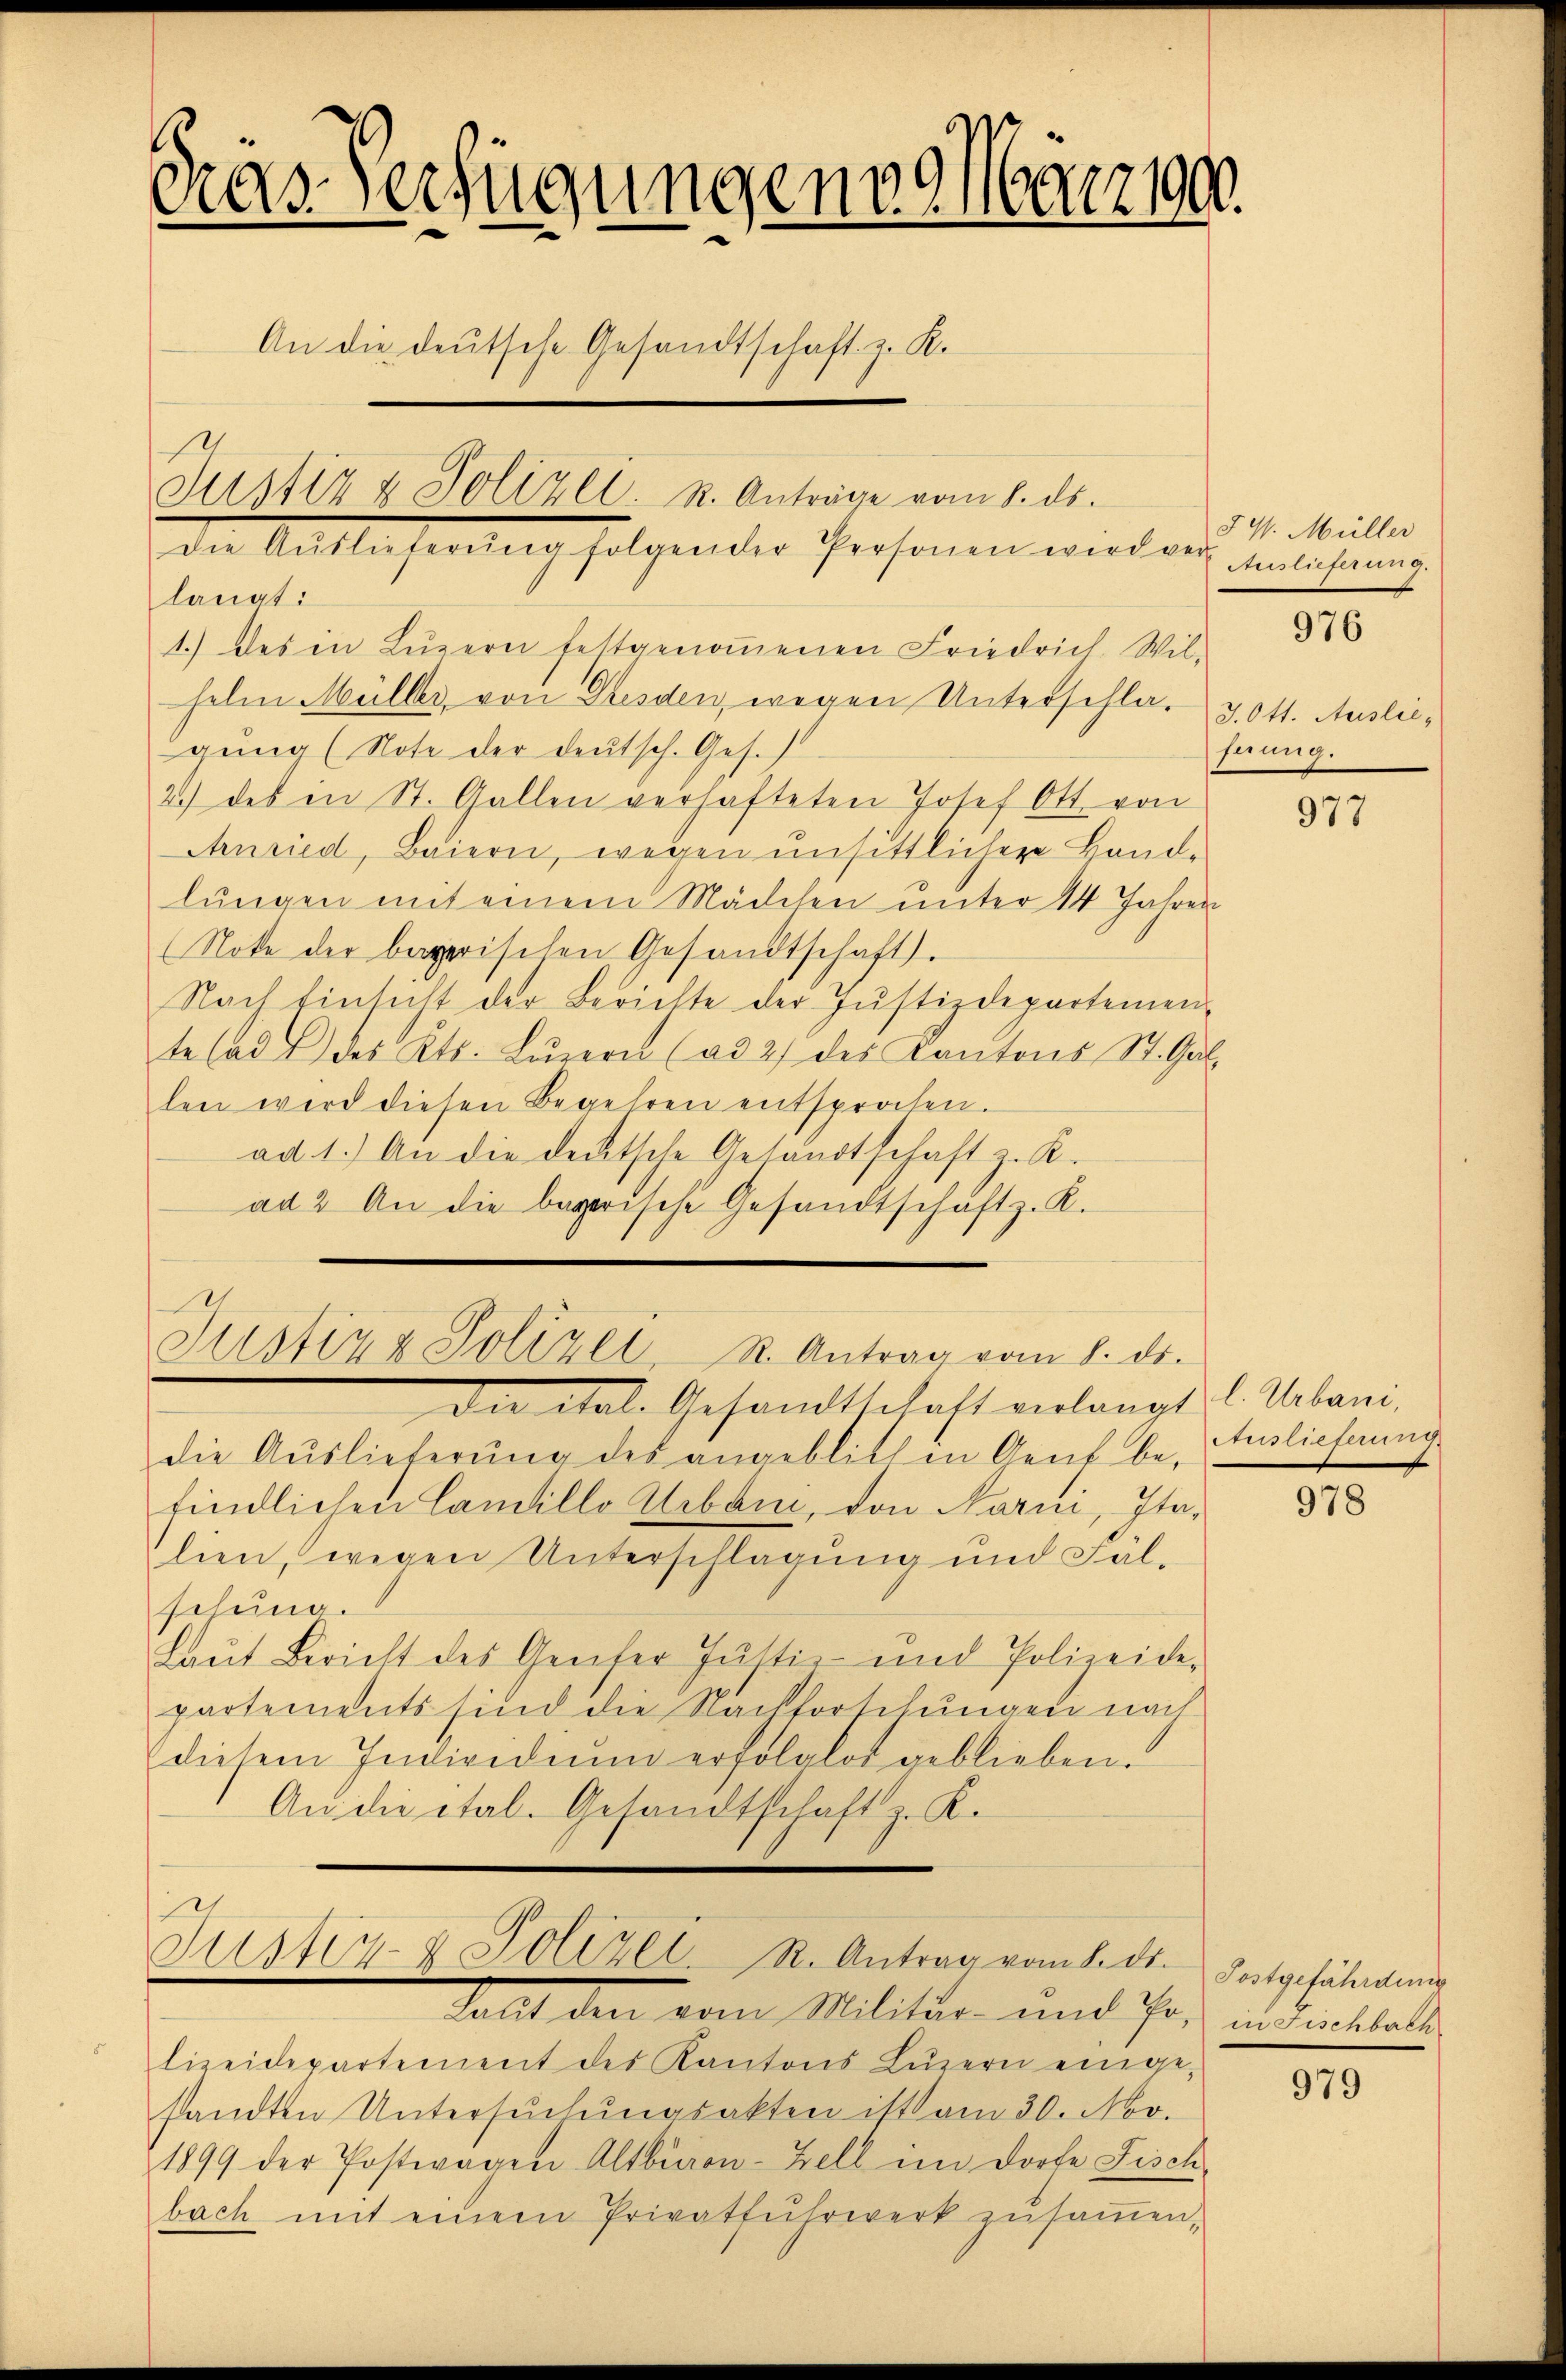
Das Verfügungen März 1900.
An die deutsche Gesandtschaft z. K.
Justiz & Polizei. K. Anträge vom 8. ds.
Die Mitleisendung folgender Personen wird des Belehrung

langt:
1.) des in Lŭzern festgenoṁenen Friedrich. Wil-
helm Müller, von Dresden, wegen Unterschlag v. Ott. Ausliegŭng (Note der deutsch. Ges.
2.) des in St. Gallen verhafteten Josef Ott. von
Anried, Baiern, wegen unsittlicher Band-
lŭngen mit einem Mädchen unter 14 Jahren
(Note der begerischen Gesandtschaft.
Nach Einsicht der Berichte der Justizdepartemen-
te (ad & des Kts. Lŭzern (ad 2) des Kantons St. Gal-
len wird diesen Begehren entsprochen.
ad. 1.) An die deutsche Gesandtschaft z. R.
ad 2. An die begerische Gesandtschäft z. K.

die ital. Gesandtschaft verlangt u. Urbani,
die Auslieferung des angeblich in Gent be- Auslieferung
findlichen Candillo Urbani, von Narni, Italien, wegen Unterschlagung und Fäl-
schung.
Laut Bericht des Genfer Justiz- und Polizeide-
partements sind die Nachforschungen nach
diesem Individuum erfolglos geblieben.
Audie ital. Gesandtschaft z. K.

Justiz & Polizei R. Antrag vom 8. ds.

Justiz- & Polizei. R. Antrag vom 8. ds.
Soll den vom Militär- und ihr,

5 V. Müller

lizeidepartement des Kantons Lŭzern einge-
sandten Untersŭchŭngsakten ist am 30. Nov.
1899 der Postwagen Altbiren-Zell im Dorfe Fisch-
bach mit einem Privatfŭhrwerk zŭsaṁen,

976

ferung.

977

978

Postgefährdung
in Fischbach

979